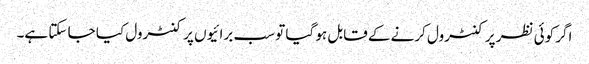
اگر کوئی نظر پر کنٹرول کرنے کے قابل ہو گیا تو سب برائیوں پر کنٹرول کیا جا سکتا ہے۔